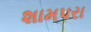
શામપરા